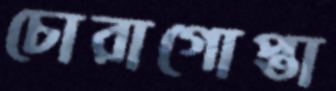
চোরাগোপ্তা